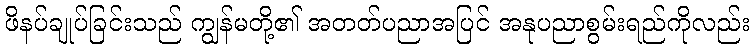
ဖိနပ်ချုပ်ခြင်းသည် ကျွန်မတို့၏ အတတ်ပညာအပြင် အနုပညာစွမ်းရည်ကိုလည်း